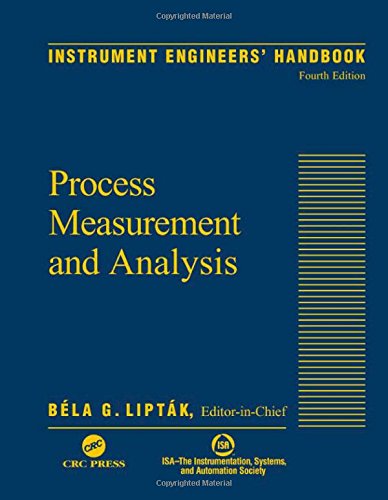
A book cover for Instrument Engineers' Handbook, Vol. 1: Process Measurement and Analysis; Science & Math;